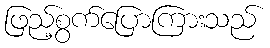
ဖြည့်စွက်ပြောကြားသည်